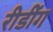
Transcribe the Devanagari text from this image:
रीडींग